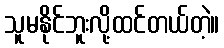
သူမနိုင်ဘူးလို့ထင်တယ်တဲ့။